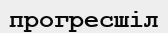
прогресшіл